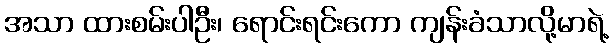
အသာ ထားစမ်းပါဦး၊ ရောင်းရင်းကော ကျန်းခံသာလို့မာရဲ့